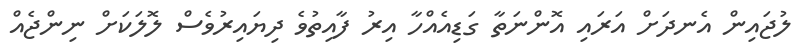
ލުޖައިން އެނދަށް އަރައި އޮންނަތާ ގަޑިއެއްހާ އިރު ފާއިތުވެ ދިޔައިރުވެސް ލޮލަކަށް ނިންޖެއް